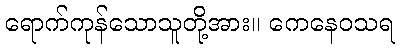
ရောက်ကုန်သောသူတို့အား။ ကေနေဝသရ